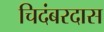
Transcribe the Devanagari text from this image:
चिदंबरदास